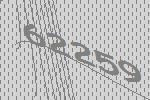
62259